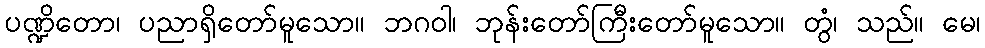
ပဏ္ဍိတော၊ ပညာရှိတော်မူသော။ ဘဂဝါ၊ ဘုန်းတော်ကြီးတော်မူသော။ တွံ၊ သည်။ မေ၊